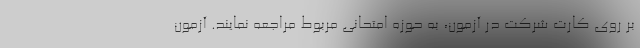
بر روی کارت شرکت در آزمون، به حوزه امتحانی مربوط مراجعه نمایند. آزمون